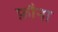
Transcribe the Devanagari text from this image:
फ़ौना